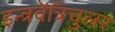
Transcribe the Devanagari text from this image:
इन्त्रवेंत्रिचुलर